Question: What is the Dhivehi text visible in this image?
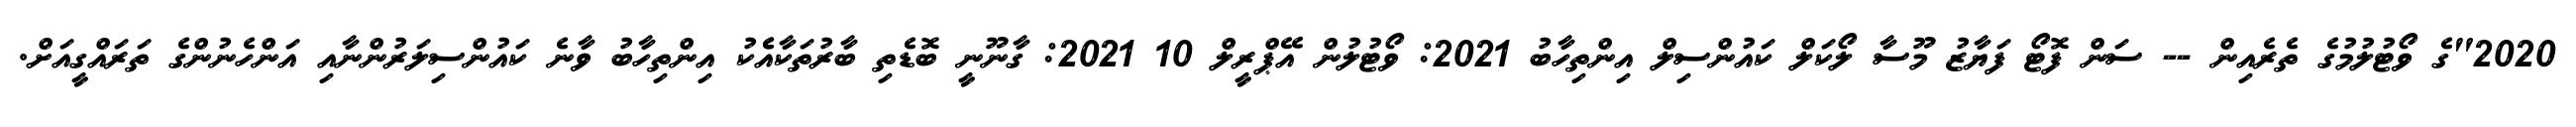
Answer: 2020"ގެ ވޯޓުލުމުގެ ތެރެއިން -- ސަން ފޮޓޯ ފަޔާޒު މޫސާ ލޯކަލް ކައުންސިލް އިންތިހާބު 2021: ވޯޓުލުން އޭޕްރީލް 10 2021: ގާނޫނީ ބޮޑެތި ބާރުތަކާއެެކު އިންތިހާބު ވާނެ ކައުންސިލަރުންނާއި އަންހެނުންގެ ތަރައްގީއަށް.